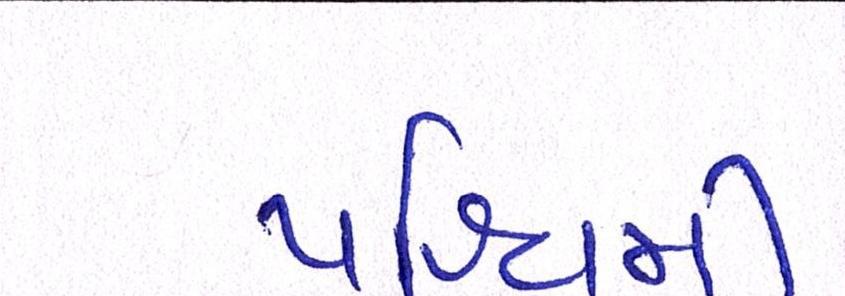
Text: પશ્ચિમી